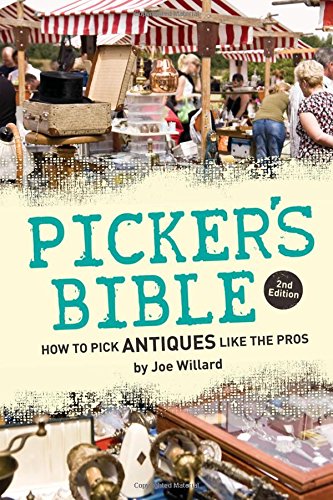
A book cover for Picker's Bible: How to Pick Antiques Like the Pros; Joe Willard; Crafts, Hobbies & Home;